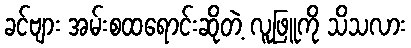
ခင်ဗျား အမ်းစထရောင်းဆိုတဲ့ လူဖြူကို သိသလား